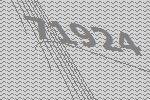
71924